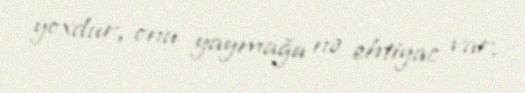
yoxdur, onu yaymağa nə ehtiyac var.